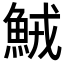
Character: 𩶺